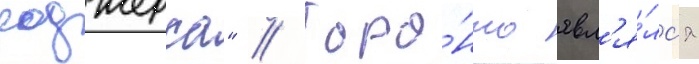
роджерса" // Торо́нто явл'я́лс'я